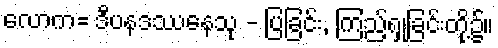
လောက= ဒီပနဒဿနေသု - ပြခြင်း, ကြည့်ရှုခြင်းတို့၌။